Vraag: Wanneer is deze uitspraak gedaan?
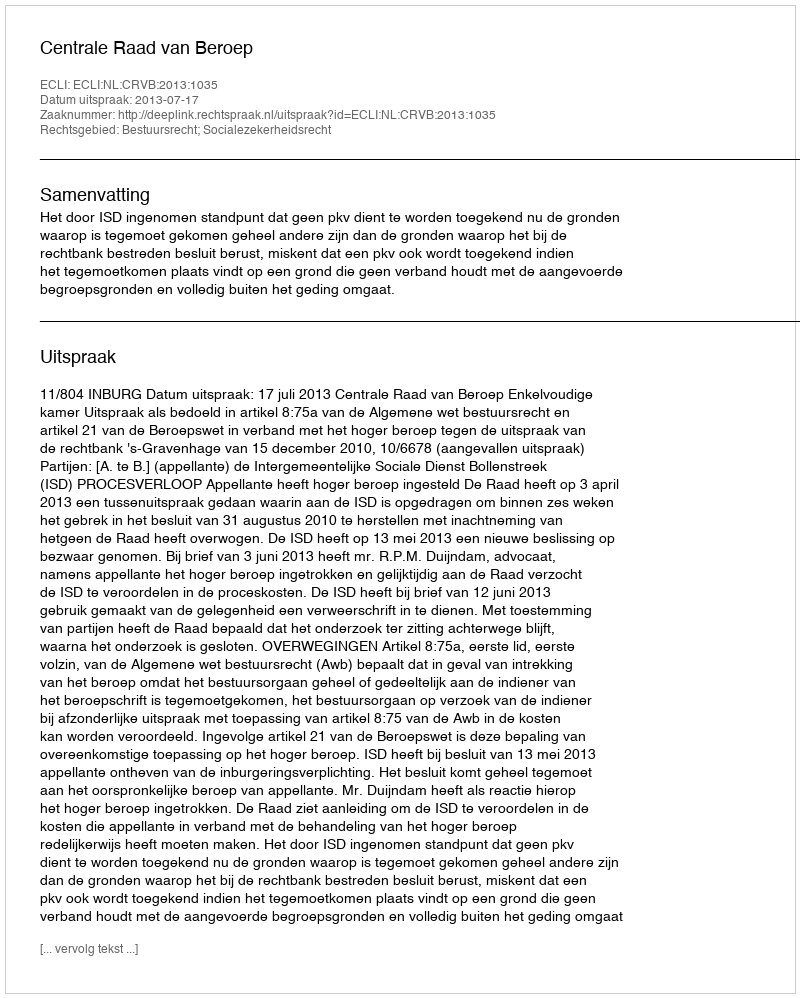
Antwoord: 2013-07-17